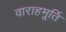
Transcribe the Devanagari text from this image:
वाराहमूर्ति